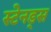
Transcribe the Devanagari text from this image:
स्टेनड्स